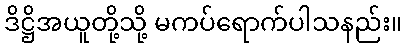
ဒိဋ္ဌိအယူတို့သို့ မကပ်ရောက်ပါသနည်း။